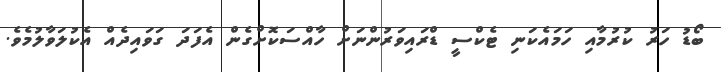
ބޯޑު ހަރު ކުރުމާއި ހަމައެކަނި ޓެކްސީ ޑްރައިވަރުންނަށް ހާއްސަކޮށްގެން އެފަދަ ގަވައިދެއް އެކުލަވާލުމެވެ.